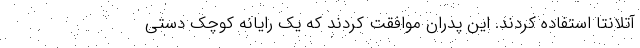
آتلانتا استفاده کردند. این پدران موافقت کردند که یک رایانه کوچک دستی